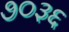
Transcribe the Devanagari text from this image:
७०३६